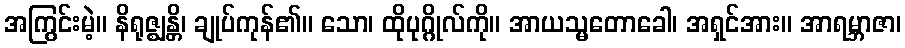
အကြွင်းမဲ့။ နိရုဇ္ဈန္တိ၊ ချုပ်ကုန်၏။ သော၊ ထိုပုဂ္ဂိုလ်ကို။ အာယသ္မတောခေါ၊ အရှင်အား။ အာရမ္ဘာဇာ၊